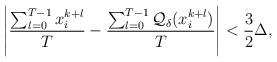
LaTeX: \begin{align*}\left|\frac{\sum_{l=0}^{T-1} x_i^{k+l}}{T}-\frac{\sum_{l=0}^{T-1}\mathcal{Q}_\delta(x_i^{k+l})}{T}\right| < \frac{3}{2}\Delta,\end{align*}